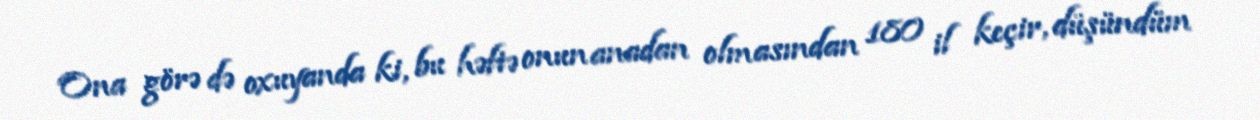
Ona görə də oxuyanda ki, bu həftə onun anadan olmasından 180 il keçir, düşündüm